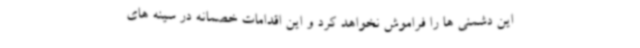
این دشمنی ها را فراموش نخواهد کرد و این اقدامات خصمانه در سینه های